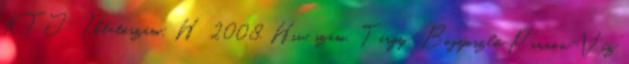
KTJ: Iktatószám: H 2008. Hiv. szám: Tárgy: Bogyoszló Pannon-Víz